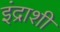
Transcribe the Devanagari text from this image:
इंद्राशी